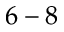
6 - 8